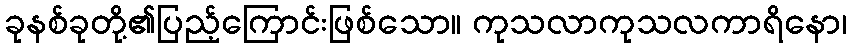
ခုနစ်ခုတို့၏ပြည့်ကြောင်းဖြစ်သော။ ကုသလာကုသလကာရိနော၊